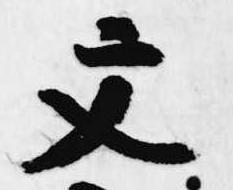
文